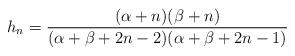
LaTeX: \begin{align*}h_n=\frac{(\alpha+n)(\beta+n)}{(\alpha+\beta+2n-2)(\alpha+\beta+2n-1)}\end{align*}